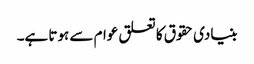
بنیادی حقوق کا تعلق عوام سے ہوتا ہے۔